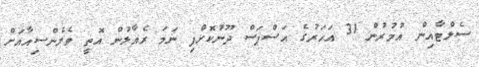
ސެލްޓާއިން އުމުރުން 31 އަހަރުގެ އަސްޕަސް ދޫނުކޮށްފި ނަމަ ރެއާލުން އޮތީ ވެލެންސިއާއަށް